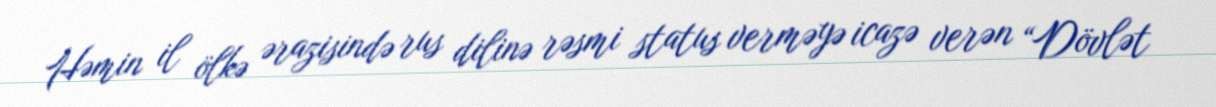
Həmin il ölkə ərazisində rus dilinə rəsmi status verməyə icazə verən “Dövlət